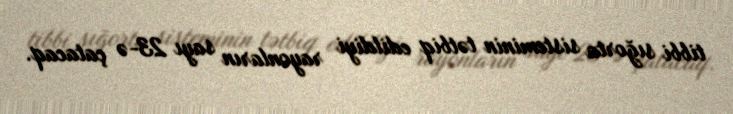
tibbi sığorta sisteminin tətbiq edildiyi rayonların sayı 23-ə çatacaq.